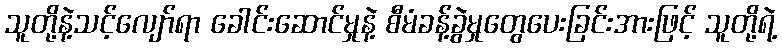
သူတို့နဲ့သင့်လျော်ရာ ခေါင်းဆောင်မှုနဲ့ စီမံခန့်ခွဲမှုတွေပေးခြင်းအားဖြင့် သူတို့ရဲ့